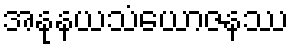
အနုနယသံယောဇနဿ